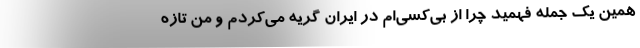
همین یک جمله فهمید چرا از بی‌کسی‌ام در ایران گریه می‌کردم و من تازه